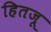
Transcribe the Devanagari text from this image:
हितजू